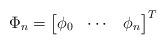
LaTeX: \begin{align*}\Phi_n=\left[\begin{matrix}\phi_0&\cdots&\phi_n\end{matrix}\right]^T\end{align*}